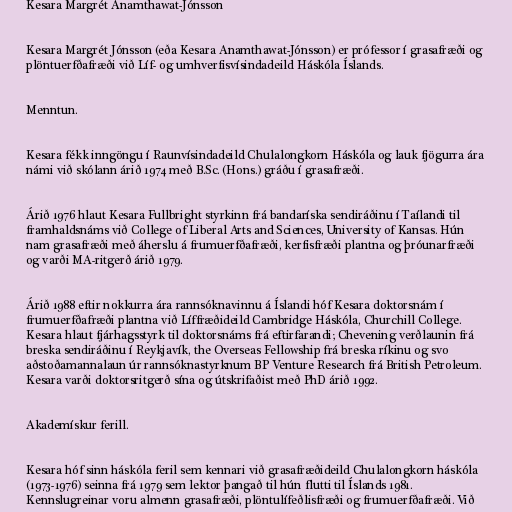
Kesara Margrét Anamthawat-Jónsson

Kesara Margrét Jónsson (eða Kesara Anamthawat-Jónsson) er prófessor í grasafræði og
plöntuerfðafræði við Líf- og umhverfisvísindadeild Háskóla Íslands.

Menntun.

Kesara fékk inngöngu í Raunvísindadeild Chulalongkorn Háskóla og lauk fjögurra ára
námi við skólann árið 1974 með B.Sc. (Hons.) gráðu í grasafræði.

Árið 1976 hlaut Kesara Fullbright styrkinn frá bandaríska sendiráðinu í Taílandi til
framhaldsnáms við College of Liberal Arts and Sciences, University of Kansas. Hún
nam grasafræði með áherslu á frumuerfðafræði, kerfisfræði plantna og þróunarfræði
og varði MA-ritgerð árið 1979.

Árið 1988 eftir nokkurra ára rannsóknavinnu á Íslandi hóf Kesara doktorsnám í
frumuerfðafræði plantna við Líffræðideild Cambridge Háskóla, Churchill College.
Kesara hlaut fjárhagsstyrk til doktorsnáms frá eftirfarandi; Chevening verðlaunin frá
breska sendiráðinu í Reykjavík, the Overseas Fellowship frá breska ríkinu og svo
aðstoðamannalaun úr rannsóknastyrknum BP Venture Research frá British Petroleum.
Kesara varði doktorsritgerð sína og útskrifaðist með PhD árið 1992.

Akademískur ferill.

Kesara hóf sinn háskóla feril sem kennari við grasafræðideild Chulalongkorn háskóla
(1973-1976) seinna frá 1979 sem lektor þangað til hún flutti til Íslands 1981.
Kennslugreinar voru almenn grasafræði, plöntulífeðlisfræði og frumuerfðafræði. Við